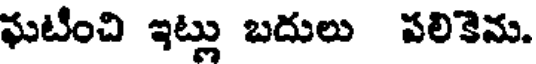
ఘటించి ఇట్లు బదులు పలికెను.